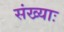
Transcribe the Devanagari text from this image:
संख्याः